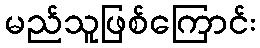
မည်သူဖြစ်ကြောင်း